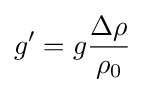
g'=g{\frac {\Delta \rho }{\rho _{0}}}